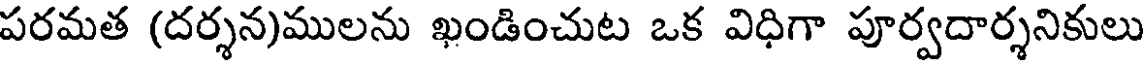
పరమత (దర్శన)ములను ఖండించుట ఒక విధిగా పూర్వదార్శనికులు